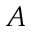
A